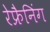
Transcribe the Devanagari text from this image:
रेफ्रैनिंग